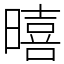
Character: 暿